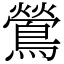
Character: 鶯